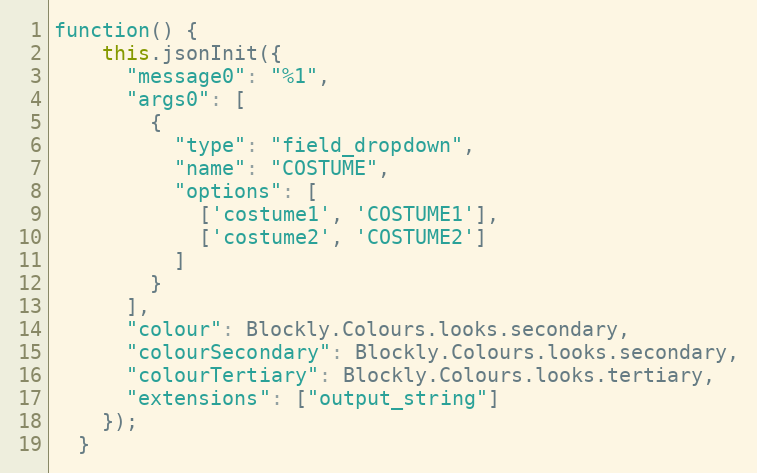
Language: JavaScript
function() {
    this.jsonInit({
      "message0": "%1",
      "args0": [
        {
          "type": "field_dropdown",
          "name": "COSTUME",
          "options": [
            ['costume1', 'COSTUME1'],
            ['costume2', 'COSTUME2']
          ]
        }
      ],
      "colour": Blockly.Colours.looks.secondary,
      "colourSecondary": Blockly.Colours.looks.secondary,
      "colourTertiary": Blockly.Colours.looks.tertiary,
      "extensions": ["output_string"]
    });
  }